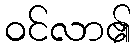
ဝင်လာ၏